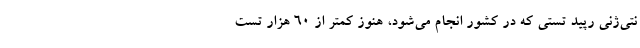
نتی‌ژنی رپید تستی که در کشور انجام می‌شود، هنوز کمتر از ۶۰ هزار تست